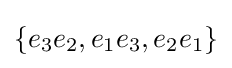
\{e_{3}e_{2},e_{1}e_{3},e_{2}e_{1}\}